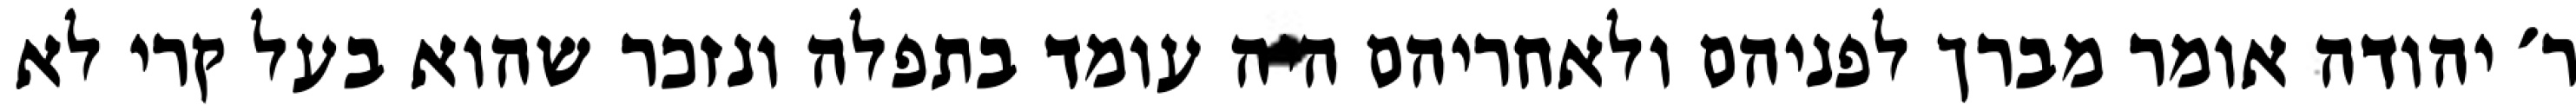
ר׳ יהודה אומר מברך לפניהם ולאחריהם היה עומד בתפלה ונזכר שהוא בעל קרי לא